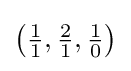
{\bigl (}{\tfrac {1}{1}},{\tfrac {2}{1}},{\tfrac {1}{0}}{\bigr )}